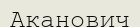
Аканович